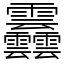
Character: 䨺